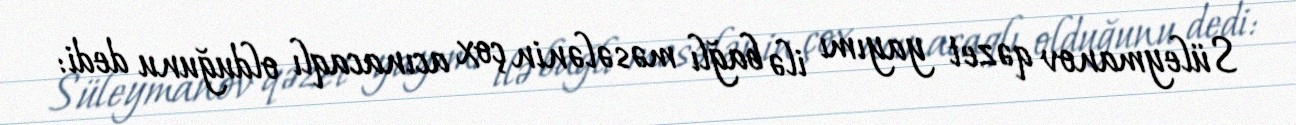
Süleymanov qəzet yayımı ilə bağlı məsələnin çox acınacaqlı olduğunu dedi: